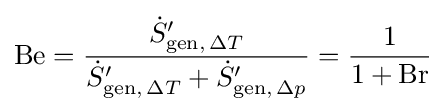
\mathrm {Be} ={\frac {{\dot {S}}'_{\mathrm {gen} ,\,\Delta T}}{{\dot {S}}'_{\mathrm {gen} ,\,\Delta T}+{\dot {S}}'_{\mathrm {gen} ,\,\Delta p}}}={\frac {1}{1+\mathrm {Br} }}